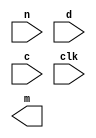
module DecryptionMonPro(n,d,c,clk,m);
					

input [31:0] n; //product of prime numbers
input [31:0] d; //private key
input [31:0] c; //cipher text
input clk;


output [31:0] m; //plain text
 
//instatiate all of the lower level modules here

endmodule